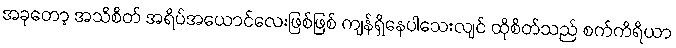
အခုတော့ အသိစိတ် အရိပ်အယောင်လေးဖြစ်ဖြစ် ကျန်ရှိနေပါသေးလျင် ထိုစိတ်သည် စက်ကိရိယာ